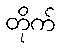
တိုက်